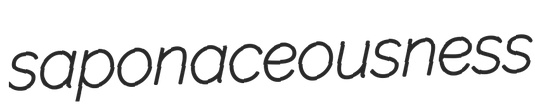
saponaceousness